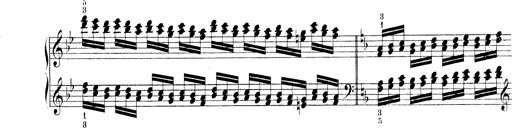
Title: Technische Studien
Composer: Franz Liszt